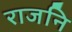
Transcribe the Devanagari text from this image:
राजनि